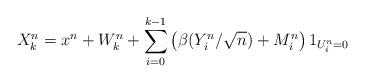
LaTeX: \begin{align*}X^n_k = x^n + W^n_k + \sum_{i=0}^{k-1} \left(\beta(Y^n_i/\sqrt{n}) + M^n_i\right)1_{U^n_i = 0}\end{align*}